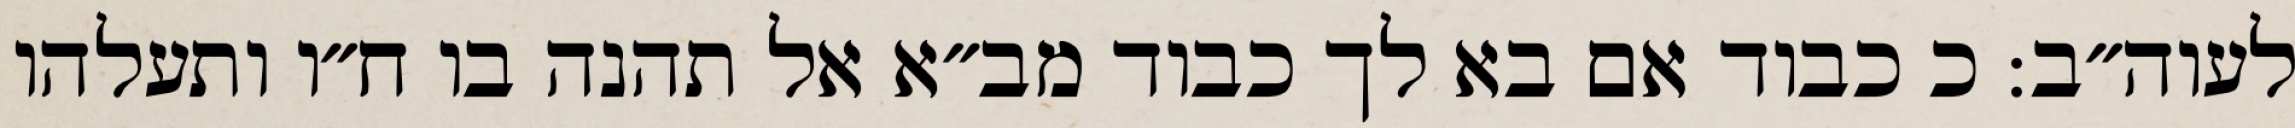
לעוה״ב: כ כבוד אם בא לך כבוד מב״א אל תהנה בו ח״ו ותעלהו